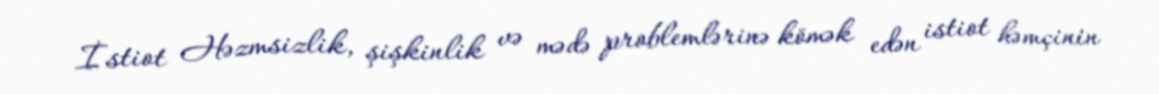
İstiot Həzmsizlik, şişkinlik və mədə problemlərinə kömək edən istiot həmçinin